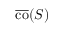
{ \overline { { \operatorname { c o } } } } ( S )